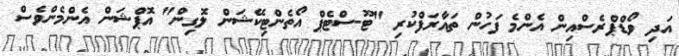
އަދި ވޯޑްޕްރެސްއިން އެންމެ ފަހުން ތައާރަފްކުރި "ޓޫ-ސްޓެޕް އޯތެންޓިކޭޝަން ލޮގިން" އޮޕްޝަން އެންމެންވެސް